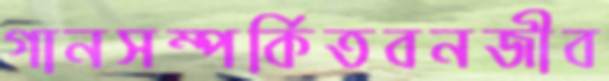
গানসম্পর্কিতবনজীব